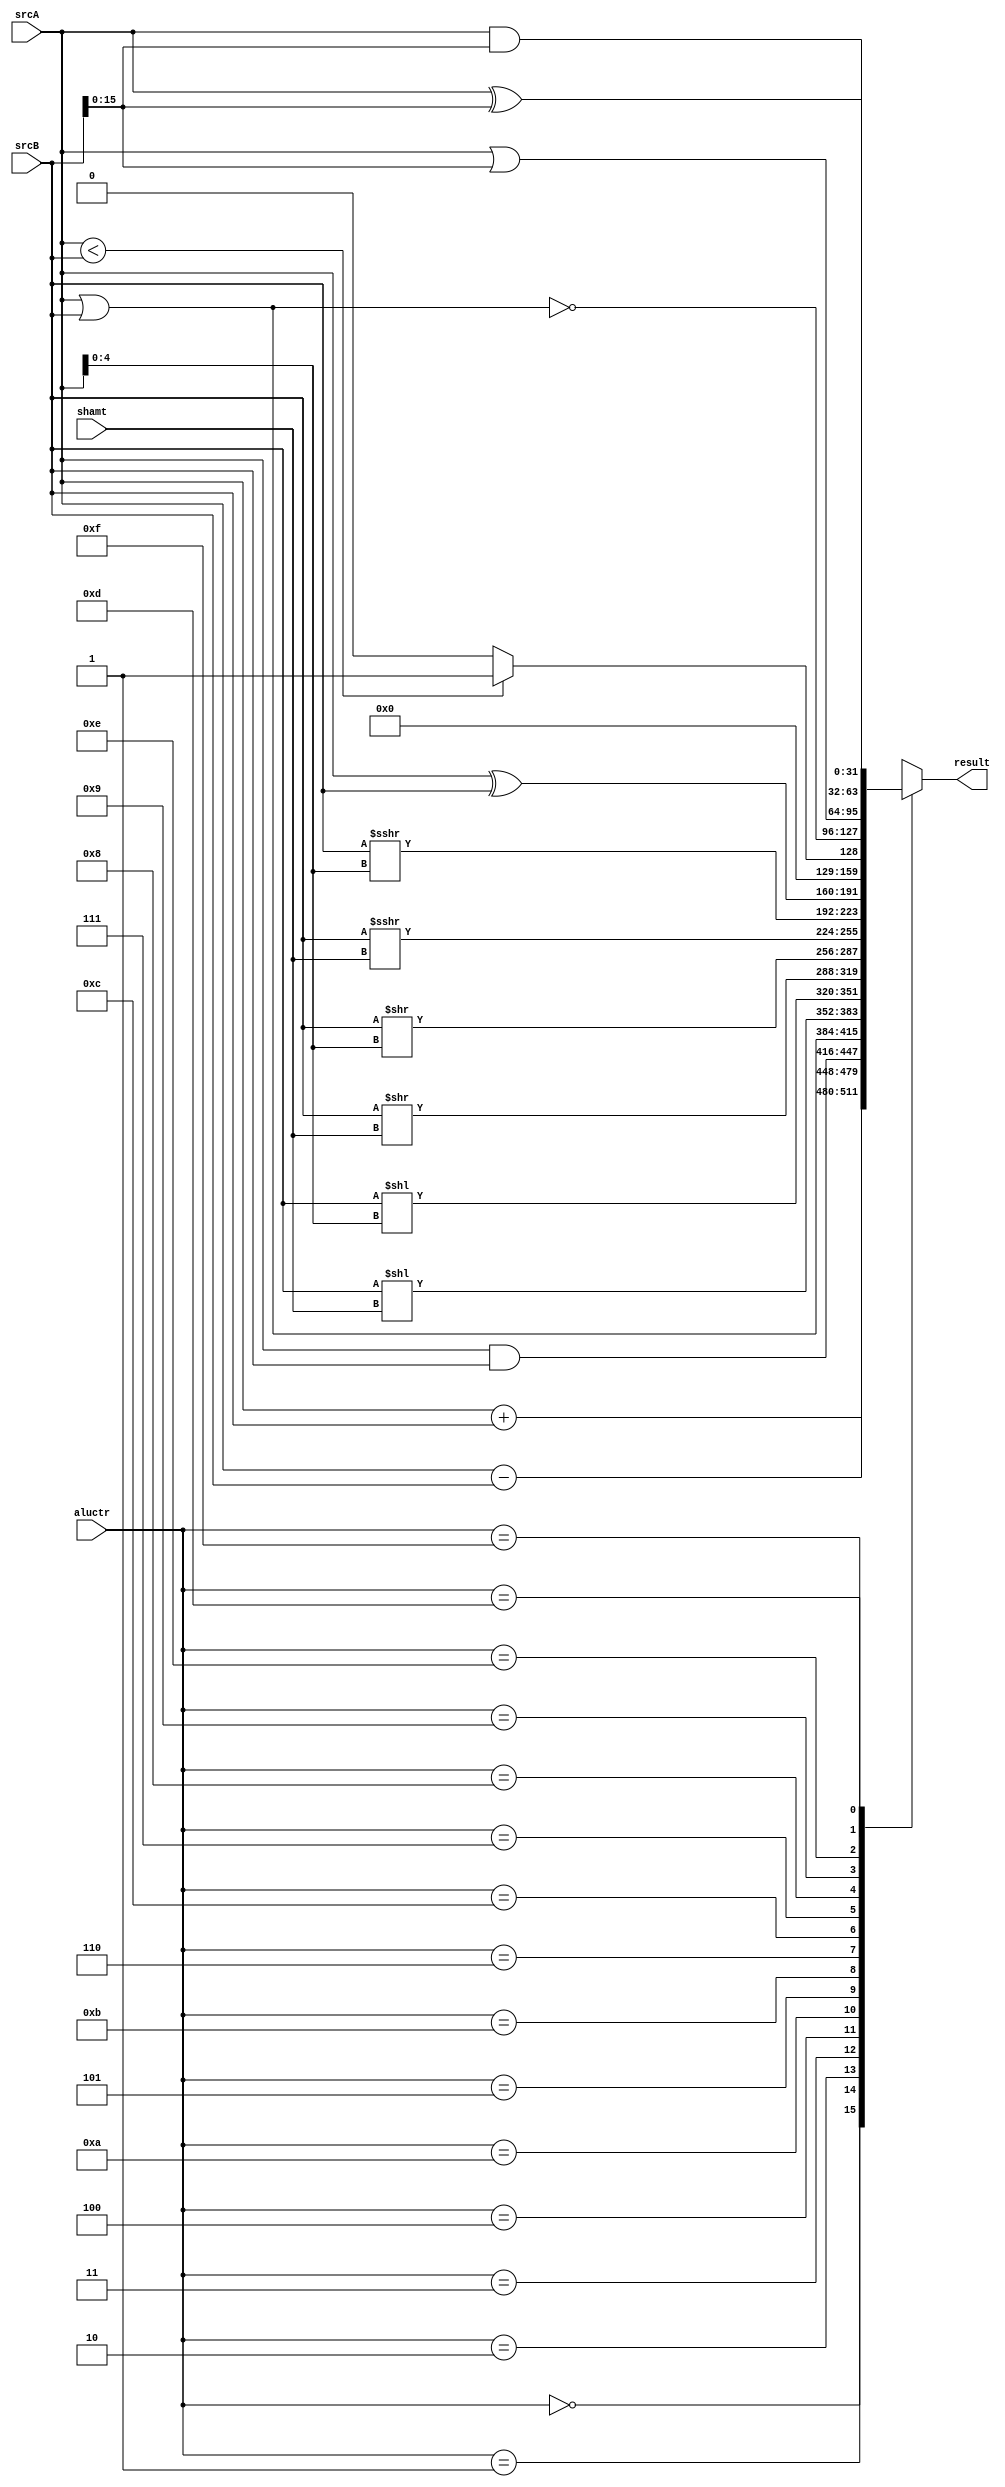
module ALU
            ( 
            //input
              input[31:0] srcA
            , input[31:0] srcB
            , input[3:0] aluctr
            , input[4:0] shamt
            //output
            , output reg[31:0] result
            );

    parameter ADD = 4'b0000;
    parameter SUB = 4'b0001;
    parameter AND = 4'b0010;
    parameter OR = 4'b0011;
    parameter SLL = 4'b0100;
    parameter SRL = 4'b0101;
    parameter SRA = 4'b0110;
    parameter XOR = 4'b0111;
    parameter LESS = 4'b1000;
    parameter NOR = 4'b1001;
    parameter SLLV = 4'b1010;
    parameter SRLV = 4'b1011;
    parameter SRAV = 4'b1100;
    parameter ANDI = 4'b1101;
    parameter ORI = 4'b1110;
    parameter XORI = 4'b1111;


    always @(*) begin

        

        //for other operations
        case (aluctr)

        ADD: result <= srcA + srcB;
            //overflow = (srcA[31] == srcB[31] && result[31] != srcA[31])? 1'b1:1'b0;

        SUB: result <= srcA - srcB;
            //overflow = (srcA[31] != srcB[31] && result[31] != srcA[31])? 1'b1:1'b0;

        AND: result <= srcA & srcB;

        OR: result <= srcA | srcB;

        SLL: result <= srcB << shamt;

        SLLV: result <= srcB << srcA[4:0];

        SRL: result <= srcB >> shamt;

        SRLV: result <= srcB >> srcA[4:0];

        SRA: result <= $signed(srcB) >>> shamt;

        SRAV: result <= $signed(srcB) >>> srcA[4:0];

        XOR: result <= srcA ^ srcB;

        LESS: result <= ($signed(srcA) < $signed(srcB))? 32'b1:32'b0;

        NOR: result <= ~(srcA | srcB);

        ORI: result <= srcA | {{16{1'b0}}, srcB[15:0]};

        XORI: result <= srcA ^ {{16{1'b0}}, srcB[15:0]};

        ANDI: result <= srcA & {{16{1'b0}}, srcB[15:0]};

        default: result <= srcA + srcB;

        endcase
    end

endmodule